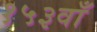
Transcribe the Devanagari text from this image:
१५३वाँ